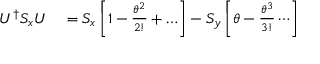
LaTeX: \begin{array} { r l } { U ^ { \dagger } S _ { x } U } & { { } = S _ { x } \left[ 1 - { \frac { \theta ^ { 2 } } { 2 ! } } + \ldots \right] - S _ { y } \left[ \theta - { \frac { \theta ^ { 3 } } { 3 ! } } \cdots \right] } \end{array}